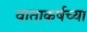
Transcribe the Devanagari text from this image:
वाताकर्षच्या